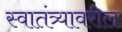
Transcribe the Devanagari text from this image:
स्वातंत्र्यावरील